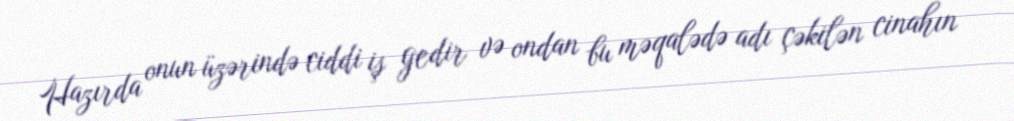
Hazırda onun üzərində ciddi iş gedir və ondan bu məqalədə adı çəkilən cinahın